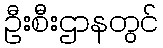
ဦးစီးဌာနတွင်